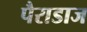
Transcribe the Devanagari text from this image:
पैराडाज